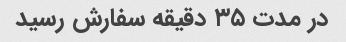
در مدت ۳۵ دقیقه سفارش رسید